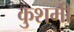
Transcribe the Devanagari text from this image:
कुशमी